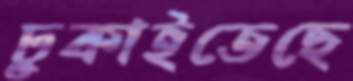
ঢুকাইতেছে